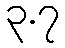
၃.၇